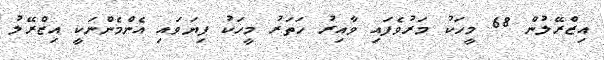
އިޒްރޭލުން 68 މީހަކު މަރުވެފައި ވާއިރު ހަތަރު މީހަކު ފިޔަވައި އެންމެންނަކީ އިޒްރޭލު